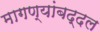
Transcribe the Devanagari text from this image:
मागण्यांबद्दल